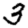
Digit: 3